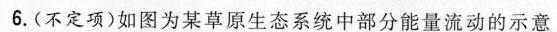
6.(不定项)如图为某草原生态系统中部分能量流动的示意